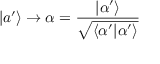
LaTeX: | a ^ { \prime } \rangle \to \alpha = { \frac { | \alpha ^ { \prime } \rangle } { \sqrt { \langle \alpha ^ { \prime } | \alpha ^ { \prime } \rangle } } }